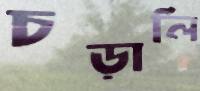
চড়ালি